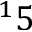
^ 1 5